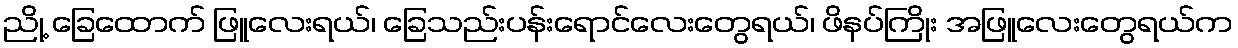
ညို့ ခြေထောက် ဖြူလေးရယ်၊ ခြေသည်းပန်းရောင်လေးတွေရယ်၊ ဖိနပ်ကြိုး အဖြူလေးတွေရယ်က